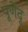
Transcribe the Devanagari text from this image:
पूर्णेंदू